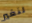
لنغير